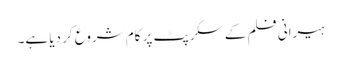
ہیرانی فلم کے سکرپٹ پر کام شروع کر دیا ہے۔